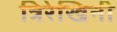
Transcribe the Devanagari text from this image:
त्रिरेखिनी